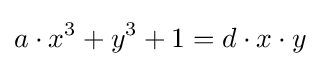
a\cdot x^{3}+y^{3}+1=d\cdot x\cdot y